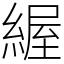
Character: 䌂